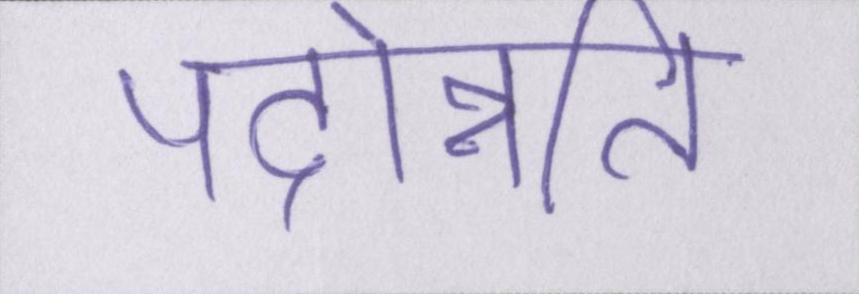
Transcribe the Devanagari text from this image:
पदोन्नति